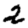
Digit: 2